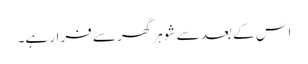
اس کے بعد سے شوہر گھر سے فرار ہے۔